Vaccination in Bombay 1874-1876 - 1874-1876
Year: 1874
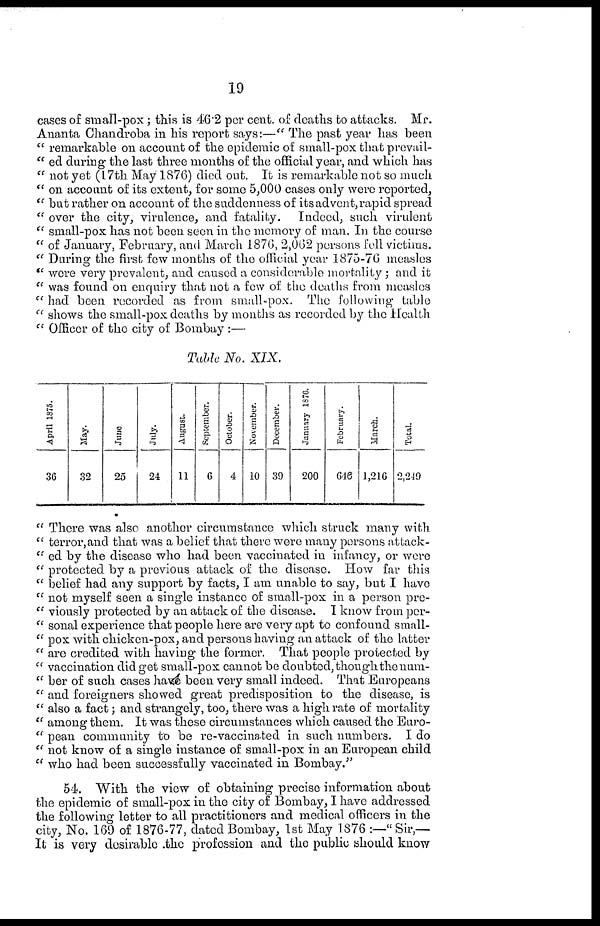
19
cases of small-pox ; this is 46.2 per cent. of deaths to attacks. Mr.
Ananta Chandroba in his report says:—" The past year has been
" remarkable on account of the epidemic of small-pox that prevail¬
" ed during the last three months of the official year, and which has
" not yet (17th May 1876) died out. It is remarkable not so much
" on account of its extent, for some 5,000 cases only were reported,
" but rather on account of the suddenness of its advent, rapid spread
" over the city, virulence, and fatality. Indeed, such virulent
" small-pox has not been seen in the memory of man. In the course
" of January, February, and March 1876, 2,062 persons fell victims.
" During the first few months of the official year 1875-76 measles
" were very prevalent, and caused a considerable mortality ; and it
" was found on enquiry that not a few of the deaths from measles
" had been recorded as from small-pox. The following table
" shows the small-pox deaths by months as recorded by the Health
" Officer of the city of Bombay :—
Table No. XIX.
April 1875.
36
May.
32
June
25
July.
24
August.
11
September.
6
October.
4
November.
10
December.
39
January 1876.
200
February.
646
March.
1,216
Total.
2,249
" There was also another circumstance which struck many with
" terror, and that was a belief that there were many persons attack¬
" ed by the disease who had been vaccinated in infancy, or were
" protected by a previous attack of the disease. How far this
" belief had any support by facts, I am unable to say, but I have
" not myself seen a single instance of small-pox in a person pre¬
" viously protected by an attack of the disease. I know from per¬
" sonal experience that people here are very apt to confound small¬
" pox with chicken-pox, and persons having an attack of the latter
" are credited with having the former. That people protected by
" vaccination did get small-pox cannot be doubted, though the num¬
" ber of such cases have been very small indeed. That Europeans
" and foreigners showed great predisposition to the disease, is
" also a fact; and strangely, too, there was a high rate of mortality
" among them. It was these circumstances which caused the Euro¬
" pean community to be re-vaccinated in such numbers. I do
" not know of a single instance of small-pox in an European child
" who had been successfully vaccinated in Bombay."
54. With the view of obtaining precise information about
the epidemic of small-pox in the city of Bombay, I have addressed
the following letter to all practitioners and medical officers in the
city, No. 169 of 1876-77, dated Bombay, 1st May 1876 :—"Sir,—
It is very desirable the profession and the public should know